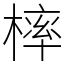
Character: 𣘚